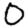
Digit: 0